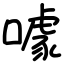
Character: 噱